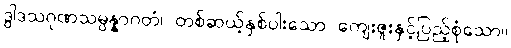
ဒွါဒသဂုဏသမ္ပန္နာဂတံ၊ တစ်ဆယ့်နှစ်ပါးသော ကျေးဇူးနှင့်ပြည့်စုံသော။